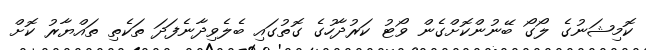
ކޮމިޝަނުގެ ލޯގޯ ބޭނުންކޮށްގެން ވޯޓު ކަރުދާހުގެ ގޮތުގައި ބެލެވިދާނެފަދަ ތަކެތި ތައްޔާރު ކޮށް